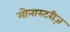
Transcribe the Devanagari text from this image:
मोनास्टरीज़